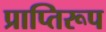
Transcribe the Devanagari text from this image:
प्राप्तिरूप